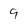
Character: 9